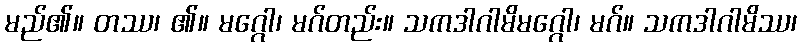
မည်၏။ တဿ၊ ၏။ မဂ္ဂေါ၊ မဂ်တည်း။ သကဒါဂါမိမဂ္ဂေါ၊ မဂ်။ သကဒါဂါမိဿ၊